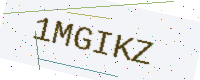
Text: 1MGIKZ